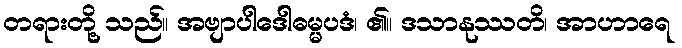
တရားတို့ သည်။ အဗျာပါဒေါဓမ္မပဒံ၊ ၏။ ဒသာနုဿတိ၊ အာဟာရေ